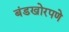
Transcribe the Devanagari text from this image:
बंडखोरपणे